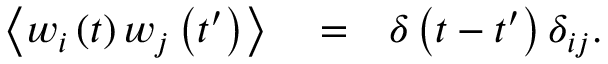
\begin{array} { r l r } { \left\langle w _ { i } \left( t \right) w _ { j } \left( t ^ { \prime } \right) \right\rangle } & { { } = } & { \delta \left( t - t ^ { \prime } \right) \delta _ { i j } . } \end{array}